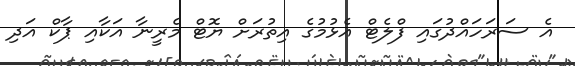
އެ ސަރަހައްދުގައި ފްލެޓް އެޅުމުގެ އިތުރަށް ޔޮޓް މެރީނާ އަކާއި ޕާކް އަދި